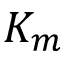
K _ { m }